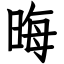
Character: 晦